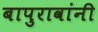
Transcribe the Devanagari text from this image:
बापुरावांनी